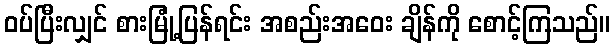
ဝပ်ပြီးလျှင် စားမြုံ့ပြန်ရင်း အစည်းအဝေး ချိန်ကို စောင့်ကြသည်။